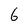
Character: 6